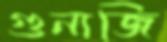
গুনাজি